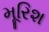
મૂરિશ